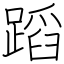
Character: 蹈